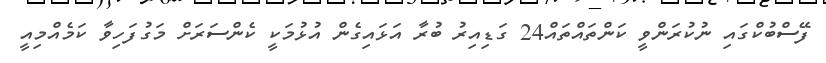
ފޭސްބުކްގައި ނުކުރަންވީ ކަންތައްތައް24 ގަޑިއިރު ބުރާ އަޅައިގެން އުޅުމަކީ ކެންސަރަށް މަގުފަހިވާ ކަމެއްމިއީ